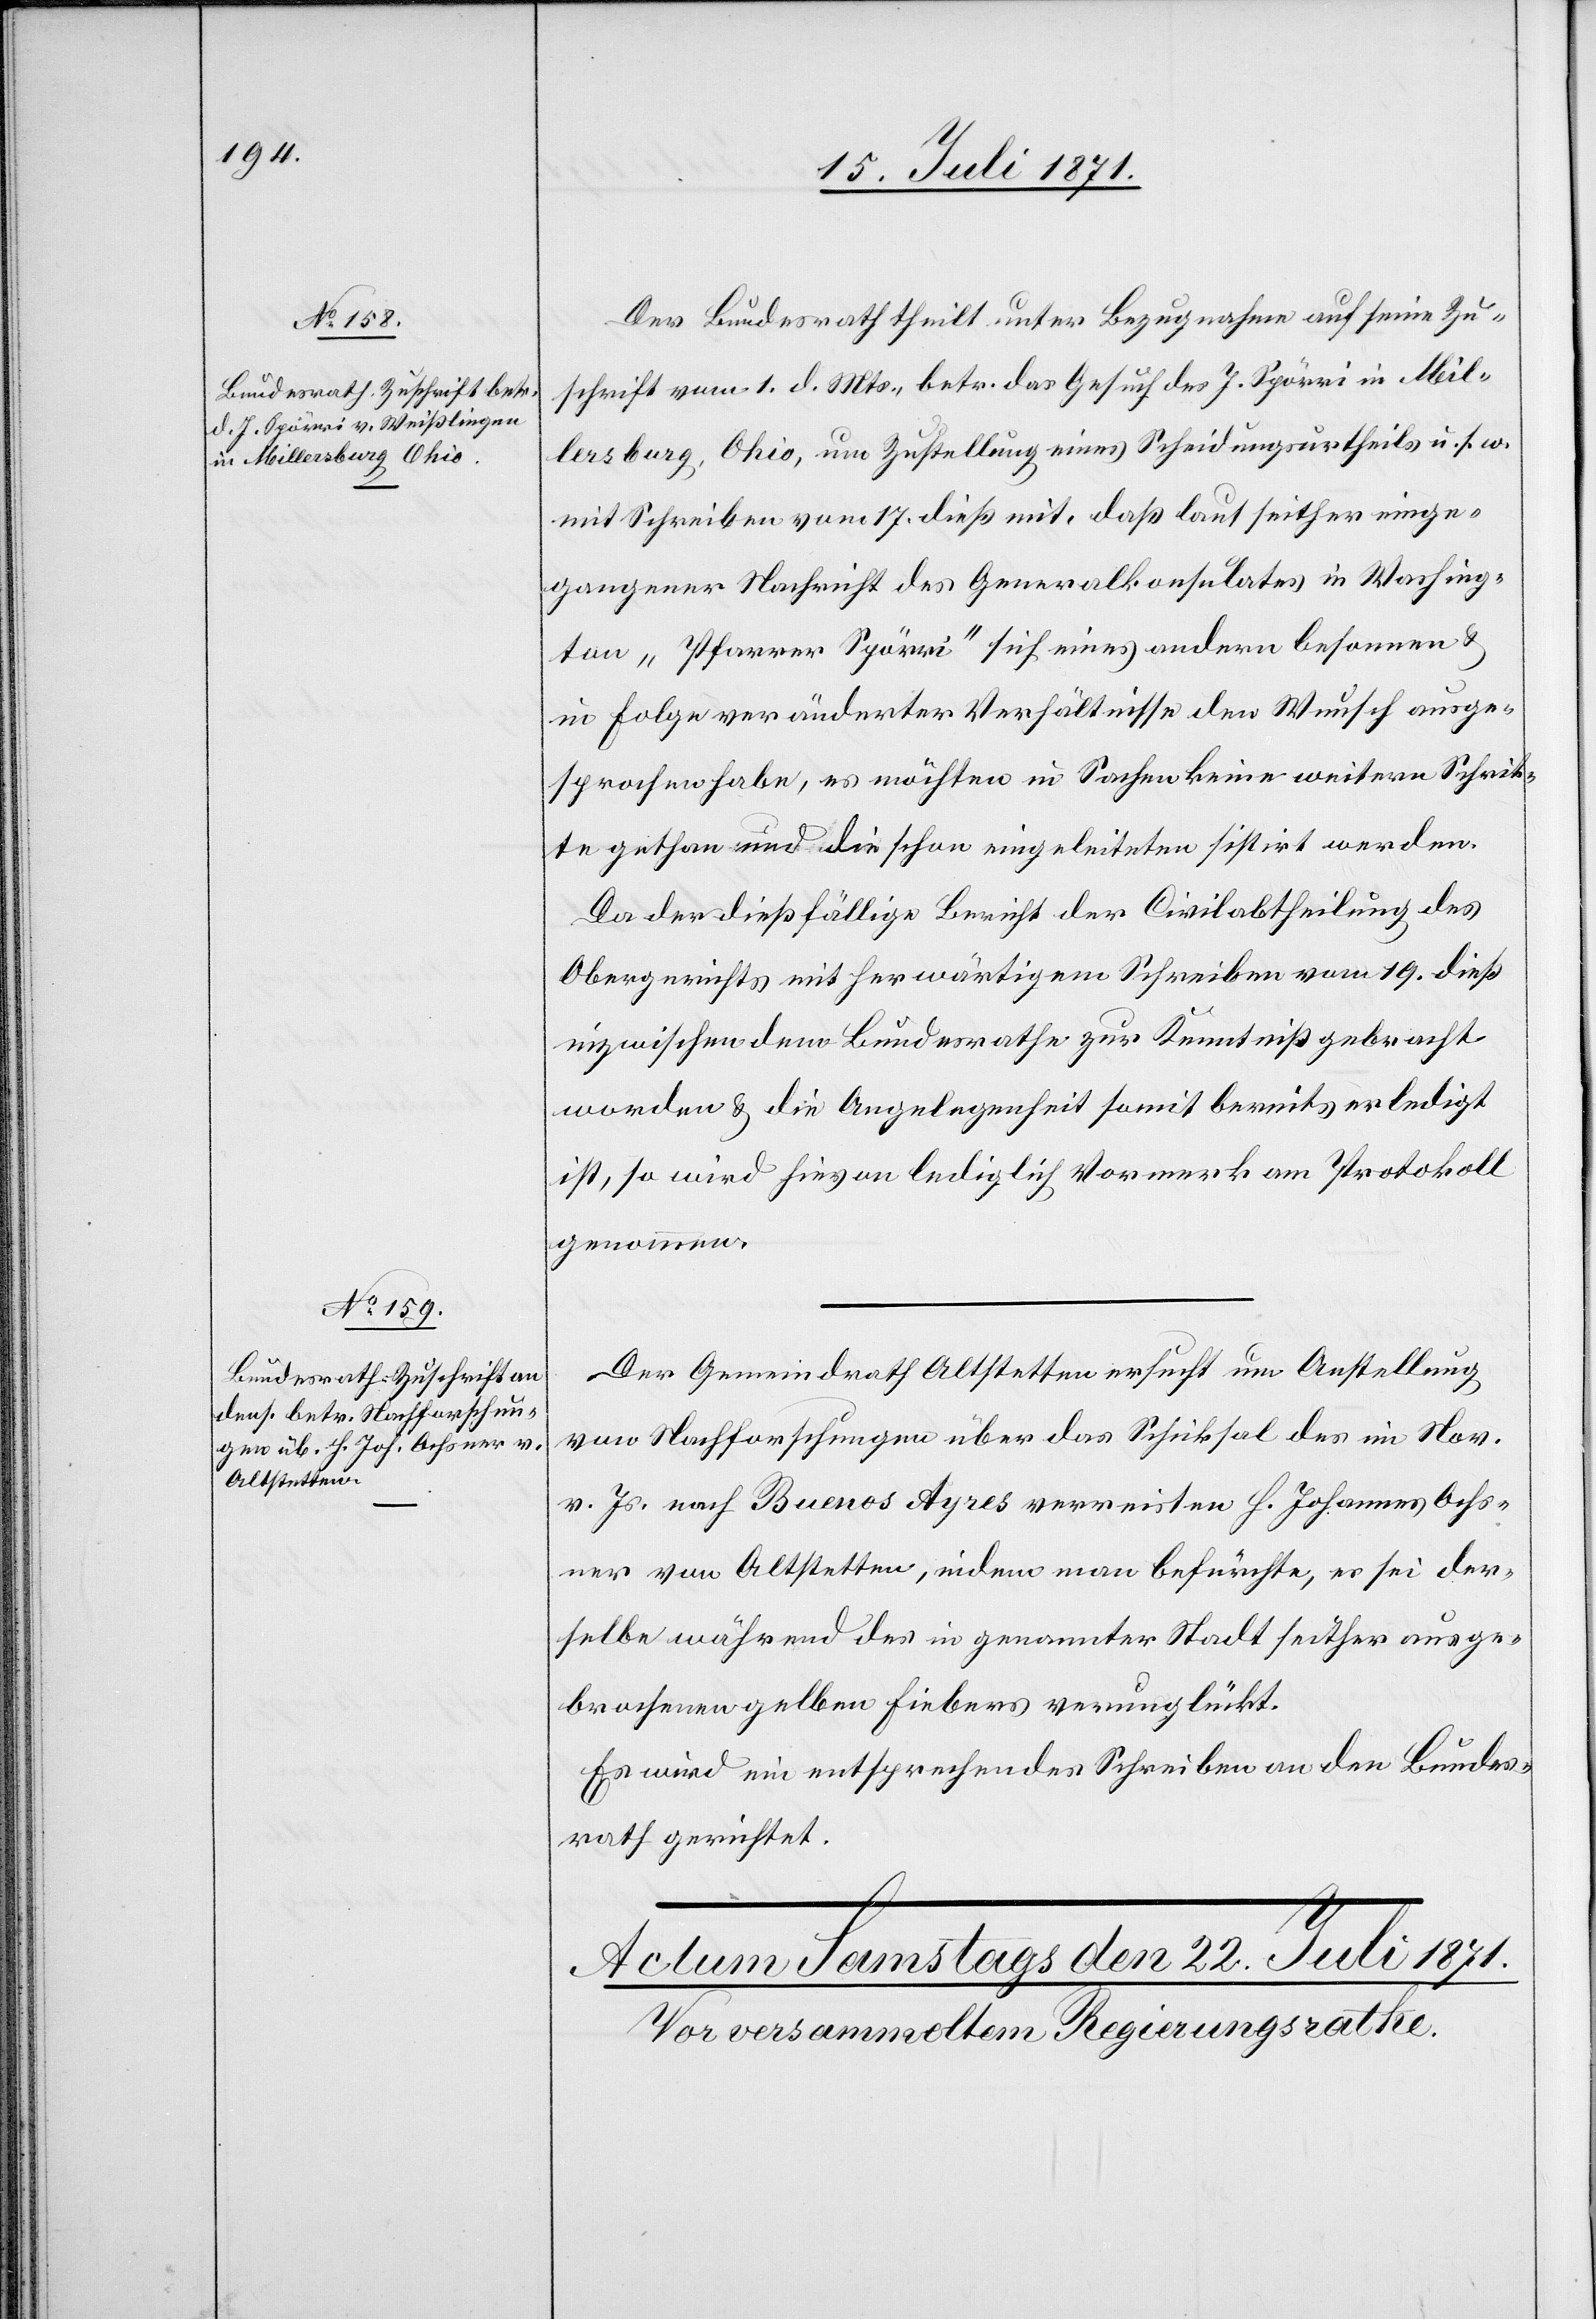
21. Juli 1871.]
Der Bundesrath theilt unter Bezugnahme auf seine Zu¬
schrift vom 1. d. Mts., betr. das Gesuch des J. Spörri in Mil¬
lersburg, Ohio, um Zustellung eines Scheidungsurtheils u. s. w.
mit Schreiben vom 17. dieß mit, daß laut seither einge¬
gangener Nachricht des Generalkonsulates in Washing¬
ton „Pfarrer Spörri“ sich eines andern besonnen u.
in Folge veränderter Verhältnisse den Wunsch ausge¬
sprochen habe, es möchten in Sachen keine weitere Schrit¬
te gethan und die schon eingeleiteten sistirt werden.
Da der dießfällige Bericht der Civilabtheilung des
Obergerichts mit herwärtigem Schreiben vom 19. dieß
inzwischen dem Bundesrathe zur Kenntniß gebracht
worden u. die Angelegenheit somit bereits erledigt
ist, wird hievon lediglich Vormerk am Protokoll
genommen.
Der Gemeindrath Altstetten ersucht um Anstellung
von Nachforschungen über das Schicksal des im Nov.
v. Js. nach Buenos Ayres verreisten H. Johannes Ochs¬
ner von Altstetten, indem man befürchte, es sei der¬
selbe während des in genannter Stadt seither ausge¬
brochenen gelben Fiebers verunglückt.
Es wird ein entsprechendes Schreiben an den Bundes¬
rath gerichtet.